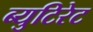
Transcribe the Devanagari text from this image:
ब्युटिरेट